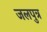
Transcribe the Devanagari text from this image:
जलपुत्र